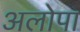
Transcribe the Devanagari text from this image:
अलोपा